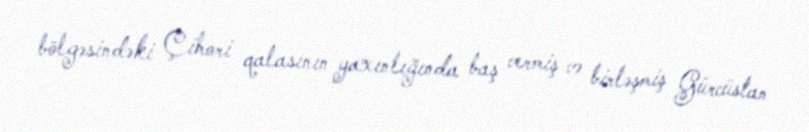
bölgəsindəki Çihori qalasının yaxınlığında baş vermiş və birləşmiş Gürcüstan